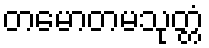
တမောတမသုတ္တံ